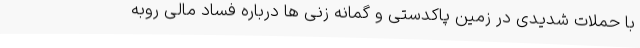
با حملات شدیدی در زمین پاکدستی و گمانه زنی ها درباره فساد مالی روبه